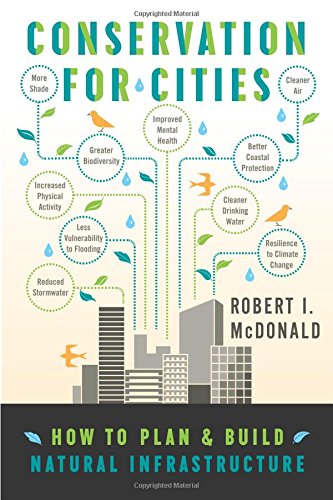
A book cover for Conservation for Cities: How to Plan & Build Natural Infrastructure; Robert I. McDonald; Arts & Photography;